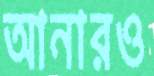
আনারও